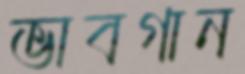
ভাবগান